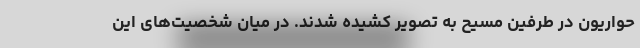
حواریون در طرفین مسیح به تصویر کشیده شدند. در میان شخصیت‌های این